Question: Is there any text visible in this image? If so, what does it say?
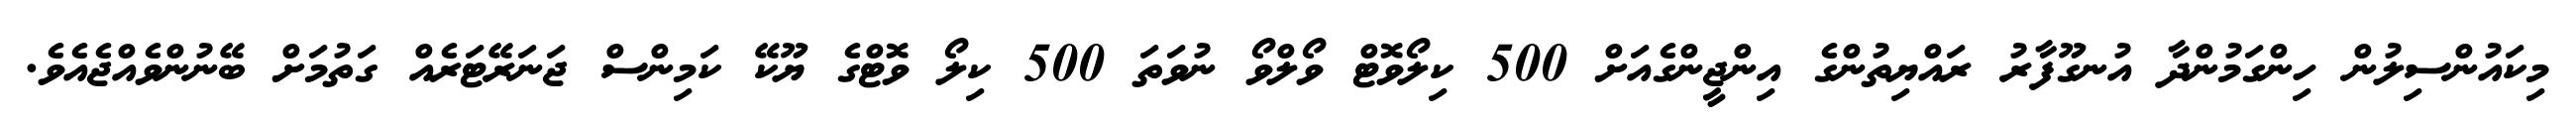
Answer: މިކައުންސިލުން ހިންގަމުންދާ އުނގޫފާރު ރައްޔިތުންގެ އިންޖީންގެއަށް 500 ކިލޯވޮޓް ވޯލްވޯ ނުވަތަ 500 ކިލޯ ވޮޓްގެ ޔޫކޭ ކަމިންސް ޖަނަރޭޓަރެއް ގަތުމަށް ބޭނުންވެއްޖެއެވެ.